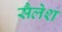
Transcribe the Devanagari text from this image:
सैलेश